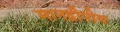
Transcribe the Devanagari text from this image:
मानद्वीपीय